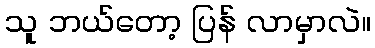
သူ ဘယ်တော့ ပြန် လာမှာလဲ။